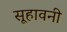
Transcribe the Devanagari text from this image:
सूहावनी